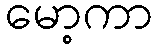
မော့ကာ